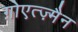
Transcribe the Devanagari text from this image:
ग़ोएत्ज़्मैन